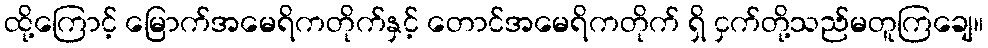
ထို့ကြောင့် မြောက်အမေရိကတိုက်နှင့် တောင်အမေရိကတိုက် ရှိ ငှက်တို့သည်မတူကြချေ။